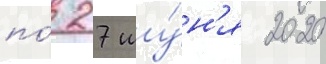
по́ 27 иу́н'я 2020